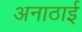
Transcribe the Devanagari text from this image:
अनाठाई